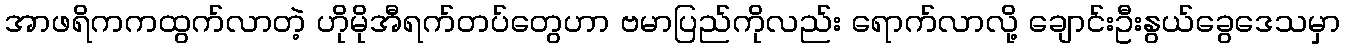
အာဖရိကကထွက်လာတဲ့ ဟိုမိုအီရက်တပ်တွေဟာ ဗမာပြည်ကိုလည်း ရောက်လာလို့ ချောင်းဦးနွယ်ခွေဒေသမှာ